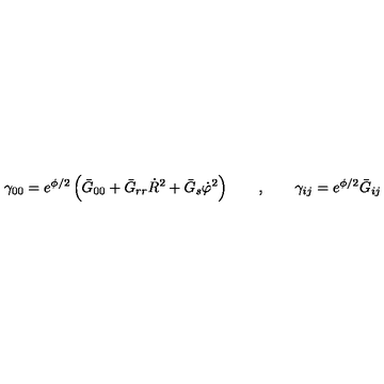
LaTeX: \gamma _ { 0 0 } = e ^ { \phi / 2 } \left( \bar { G } _ { 0 0 } + \bar { G } _ { r r } \dot { R } ^ { 2 } + \bar { G } _ { s } \dot { \varphi } ^ { 2 } \right) \qquad , \qquad \gamma _ { i j } = e ^ { \phi / 2 } \bar { G } _ { i j }